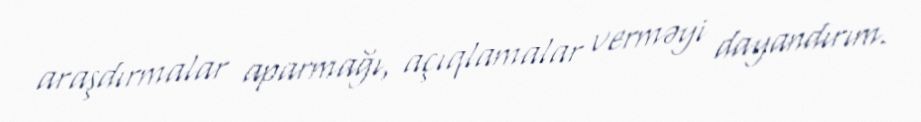
araşdırmalar aparmağı, açıqlamalar verməyi dayandırım.